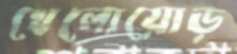
খেলোয়োড়